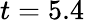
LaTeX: t=5.4